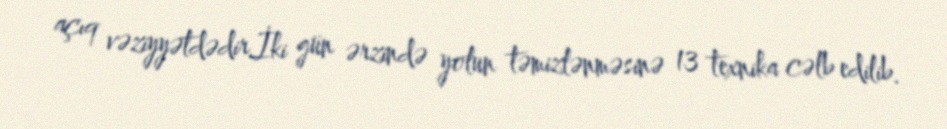
açıq vəziyyətdədir.İki gün ərzində yolun təmizlənməsinə 13 texnika cəlb edilib.